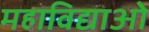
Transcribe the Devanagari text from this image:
महाविद्याओ